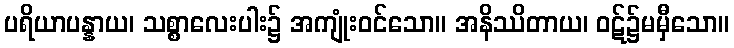
ပရိယာပန္နာယ၊ သစ္စာလေးပါး၌ အကျုံးဝင်သော။ အနိဿိတာယ၊ ဝဋ်၌မမှီသော။